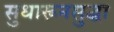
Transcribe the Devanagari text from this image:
सुधारूनसुद्धा